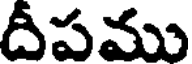
దీపము